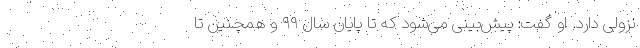
نزولی دارد. او گفت: پیش‌بینی می‌شود که تا پایان سال ۹۹ و همچنین تا